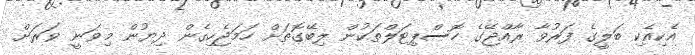
އެކިއެކި ބަލީގެ ފަރުވާ ރާއްޖޭގެ ހޮސްޕިޓަލްތަކުން ލިބޭގޮތަށް ހަމަޖެހިގެން ދިޔުން މިވަނީ ވަރަށް